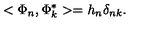
< \Phi _ { n } , \Phi _ { k } ^ { * } > = h _ { n } \delta _ { n k } .